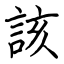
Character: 該